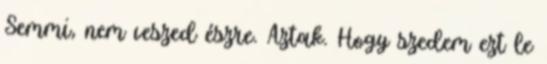
Semmi, nem veszed észre. Aztak. Hogy szedem ezt le